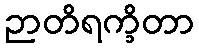
ဉာတိရက္ခိတာ